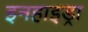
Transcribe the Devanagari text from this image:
इनहाइड्रा